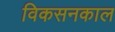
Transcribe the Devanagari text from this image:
विकसनकाल